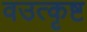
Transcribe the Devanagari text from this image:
वउत्कृष्ट